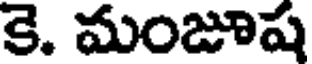
కె. మంజూష